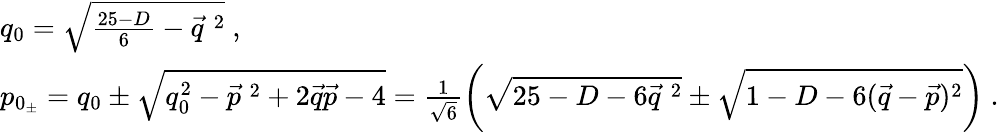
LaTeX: \begin{array}{l}{{q_{0}=\sqrt{\frac{25-D}{6}-\vec{q}^{\; 2}}\ ,}}\\ {{p_{0_{\pm}}=q_{0}\pm\sqrt{q_{0}^{2}-\vec{p}^{\; 2}+2\vec{q}\vec{p}-4}=\frac{1}{\sqrt{6}}\left(\sqrt{25-D-6\vec{q}^{\; 2}}\pm\sqrt{1-D-6(\vec{q}-\vec{p})^{2}}\right)\ .}}\end{array}